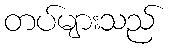
တပ်များသည်